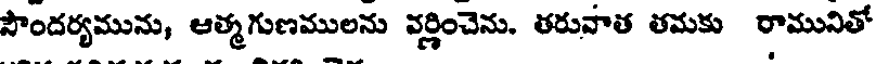
సౌందర్యమును, ఆత్మగుణములను వర్ణించెను. తరువాత తమకు రామునితో